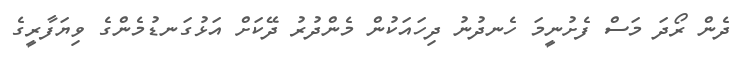
ދެން ރޯދަ މަސް ފެށުނީމަ ހެނދުނު ދިހައަކުން މެންދުރު ދޭކަށް އަޅުގަނޑުމެންގެ ވިޔަފާރީގެ